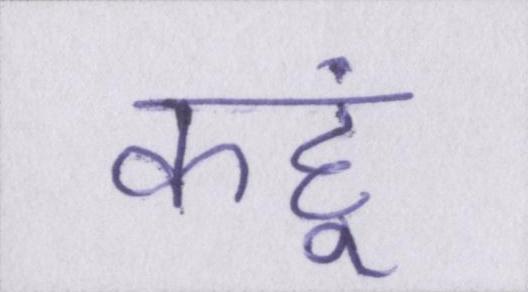
कहूं